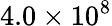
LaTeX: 4.0\times 10^{8}